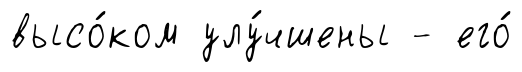
высо́ком улу́чшены - его́